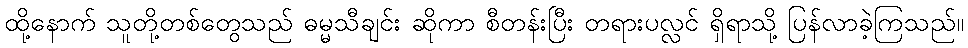
ထို့နောက် သူတို့တစ်တွေသည် ဓမ္မသီချင်း ဆိုကာ စီတန်းပြီး တရားပလ္လင် ရှိရာသို့ ပြန်လာခဲ့ကြသည်။